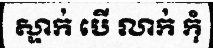
ស្ទាក់ បើ លាក់ កុំ